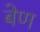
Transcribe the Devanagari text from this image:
बेण